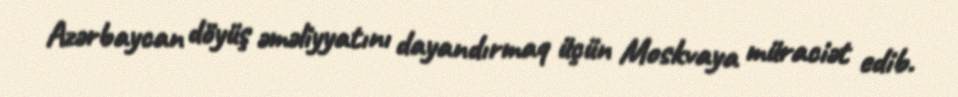
Azərbaycan döyüş əməliyyatını dayandırmaq üçün Moskvaya müraciət edib.